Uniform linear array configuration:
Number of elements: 16
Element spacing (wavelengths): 1
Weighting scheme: exponential
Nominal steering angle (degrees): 60
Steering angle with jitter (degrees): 61.017
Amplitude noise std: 0.05
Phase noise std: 0.05

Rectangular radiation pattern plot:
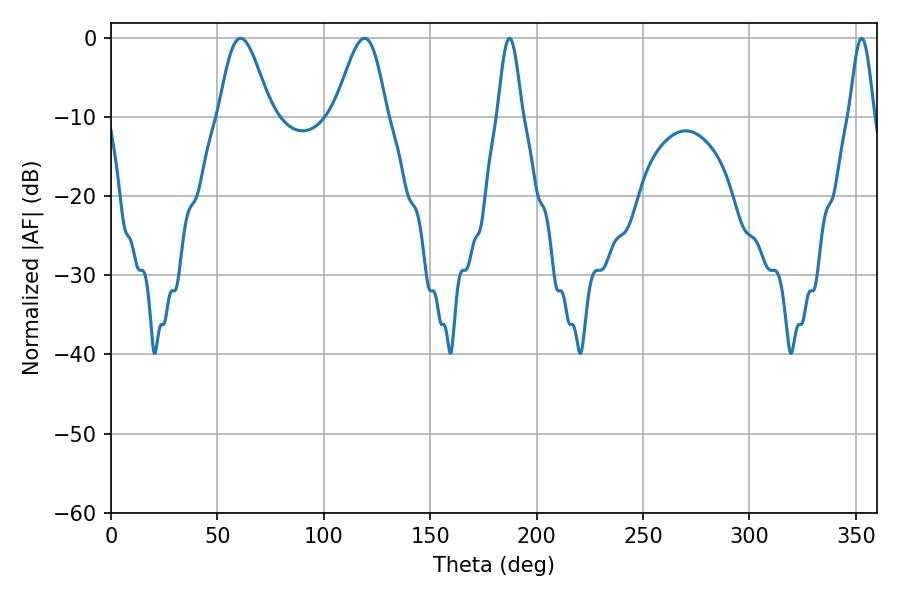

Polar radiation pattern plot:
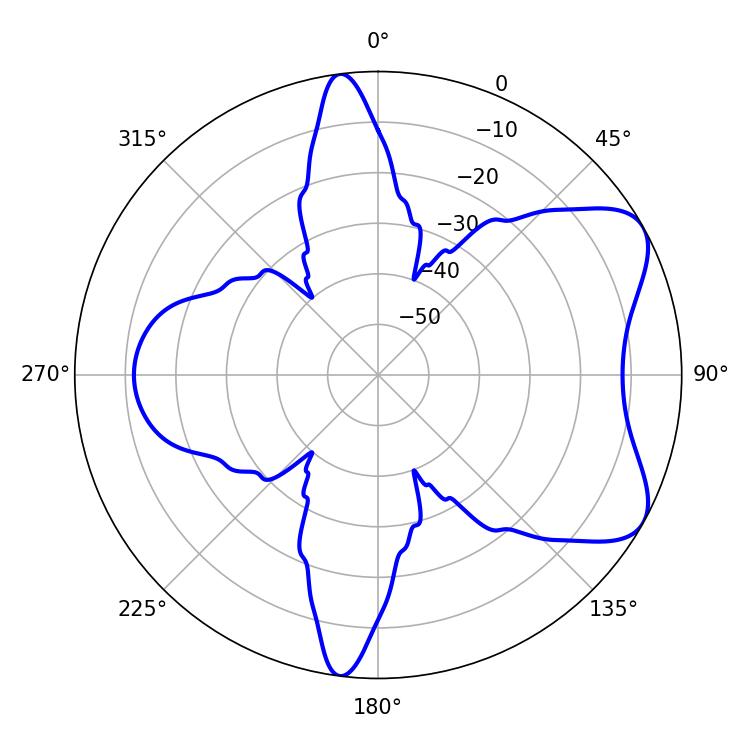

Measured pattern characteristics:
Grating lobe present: TRUE
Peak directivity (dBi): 6.767
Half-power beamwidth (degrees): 12.96
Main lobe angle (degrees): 60.84